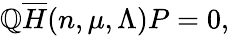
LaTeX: \mathbb{Q}\overline{{{{H}}}}(n,\mu,\Lambda)P=0,